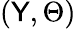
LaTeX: (\mathsf{Y},\Theta)